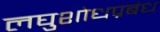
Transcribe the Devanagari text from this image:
लघुशोधप्रबंध